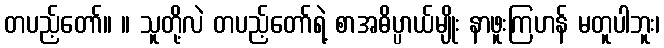
တပည့်တော်။ ။ သူတို့လဲ တပည့်တော်ရဲ့ စာအဓိပ္ပာယ်မျိုး နာဖူးကြဟန် မတူပါဘူး၊